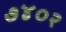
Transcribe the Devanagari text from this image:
७४०२